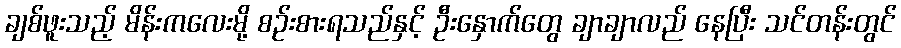
ချစ်ဖူးသည့် မိန်းကလေးမို့ စဉ်းစားရသည်နှင့် ဦးနှောက်တွေ ချာချာလည် နေပြီး သင်တန်းတွင်